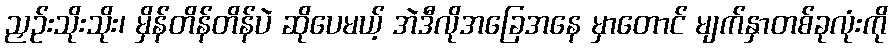
ညှဉ်းသိုးသိုး၊ မှိန်တိန်တိန်ပဲ ဆိုပေမယ့် အဲဒီလိုအခြေအနေ မှာတောင် မျက်နှာတစ်ခုလုံးကို